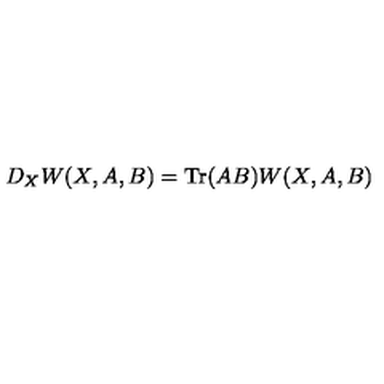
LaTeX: D _ { X } W ( X , A , B ) = \mathrm { T r } ( A B ) W ( X , A , B )